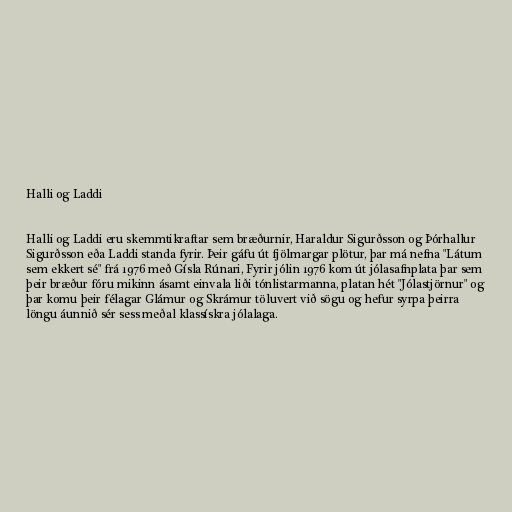
Halli og Laddi

Halli og Laddi eru skemmtikraftar sem bræðurnir, Haraldur Sigurðsson og Þórhallur
Sigurðsson eða Laddi standa fyrir. Þeir gáfu út fjölmargar plötur, þar má nefna "Látum
sem ekkert sé" frá 1976 með Gísla Rúnari, Fyrir jólin 1976 kom út jólasafnplata þar sem
þeir bræður fóru mikinn ásamt einvala liði tónlistarmanna, platan hét "Jólastjörnur" og
þar komu þeir félagar Glámur og Skrámur töluvert við sögu og hefur syrpa þeirra
löngu áunnið sér sess meðal klassískra jólalaga.